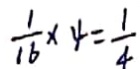
\frac { 1 } { 1 6 } \times 4 = \frac { 1 } { 4 }